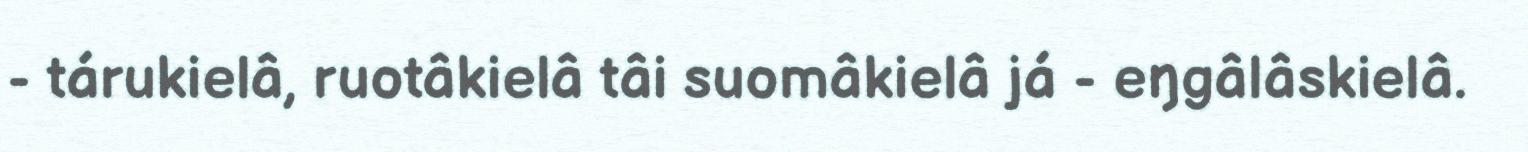
- tárukielâ, ruotâkielâ tâi suomâkielâ já - eŋgâlâskielâ.